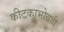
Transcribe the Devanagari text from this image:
कीटकाभोवती